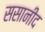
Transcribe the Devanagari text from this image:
ससानीद